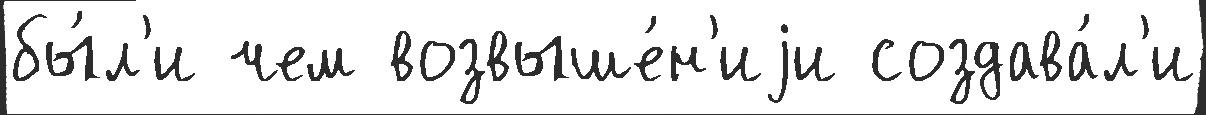
бы́л'и чем возвыше́н'иjи создава́л'и